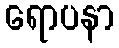
ရောပနာ